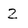
Character: 2